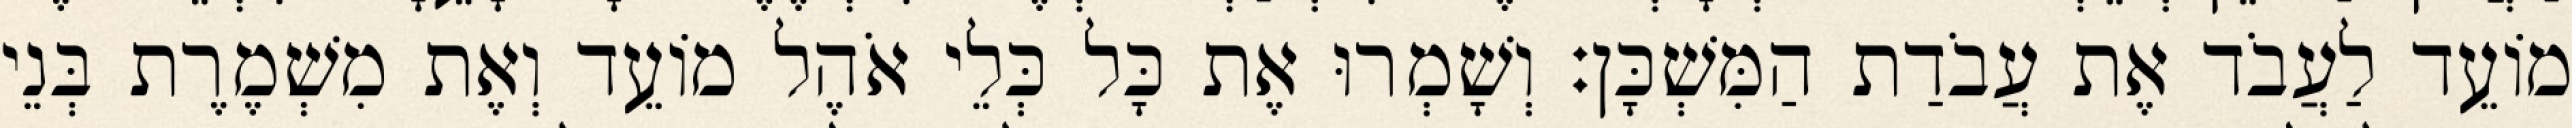
מוֹעֵד לַעֲבֹד אֶת עֲבֹדַת הַמִּשְׁכָּן׃ וְשָׁמְרוּ אֶת כָּל כְּלֵי אֹהֶל מוֹעֵד וְאֶת מִשְׁמֶרֶת בְּנֵי